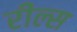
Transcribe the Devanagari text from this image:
रील्स